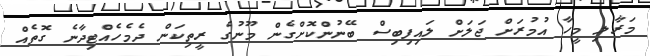
މަރާލި މީހާ އުމުރަށް ޖަލަށް ލައިފިބިސް ބޭނުންކޮށްގެން މޫނުގެ ރީތިކަން ދެމެހެއްޓިދާނެ ގޮތެއް